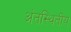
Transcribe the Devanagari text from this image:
अंतस्थितीय